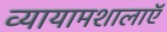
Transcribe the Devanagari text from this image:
व्यायामशालाऍ